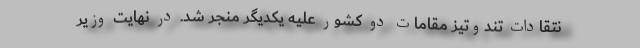
نتقادات تندوتیز مقامات دو کشور علیه یکدیگر منجر شد. در نهایت وزیر